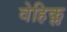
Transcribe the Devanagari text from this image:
वेहिक्ल